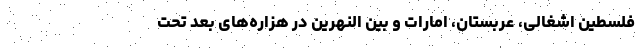
فلسطین اشغالی، عربستان، امارات و بین النهرین در هزاره‌های بعد تحت